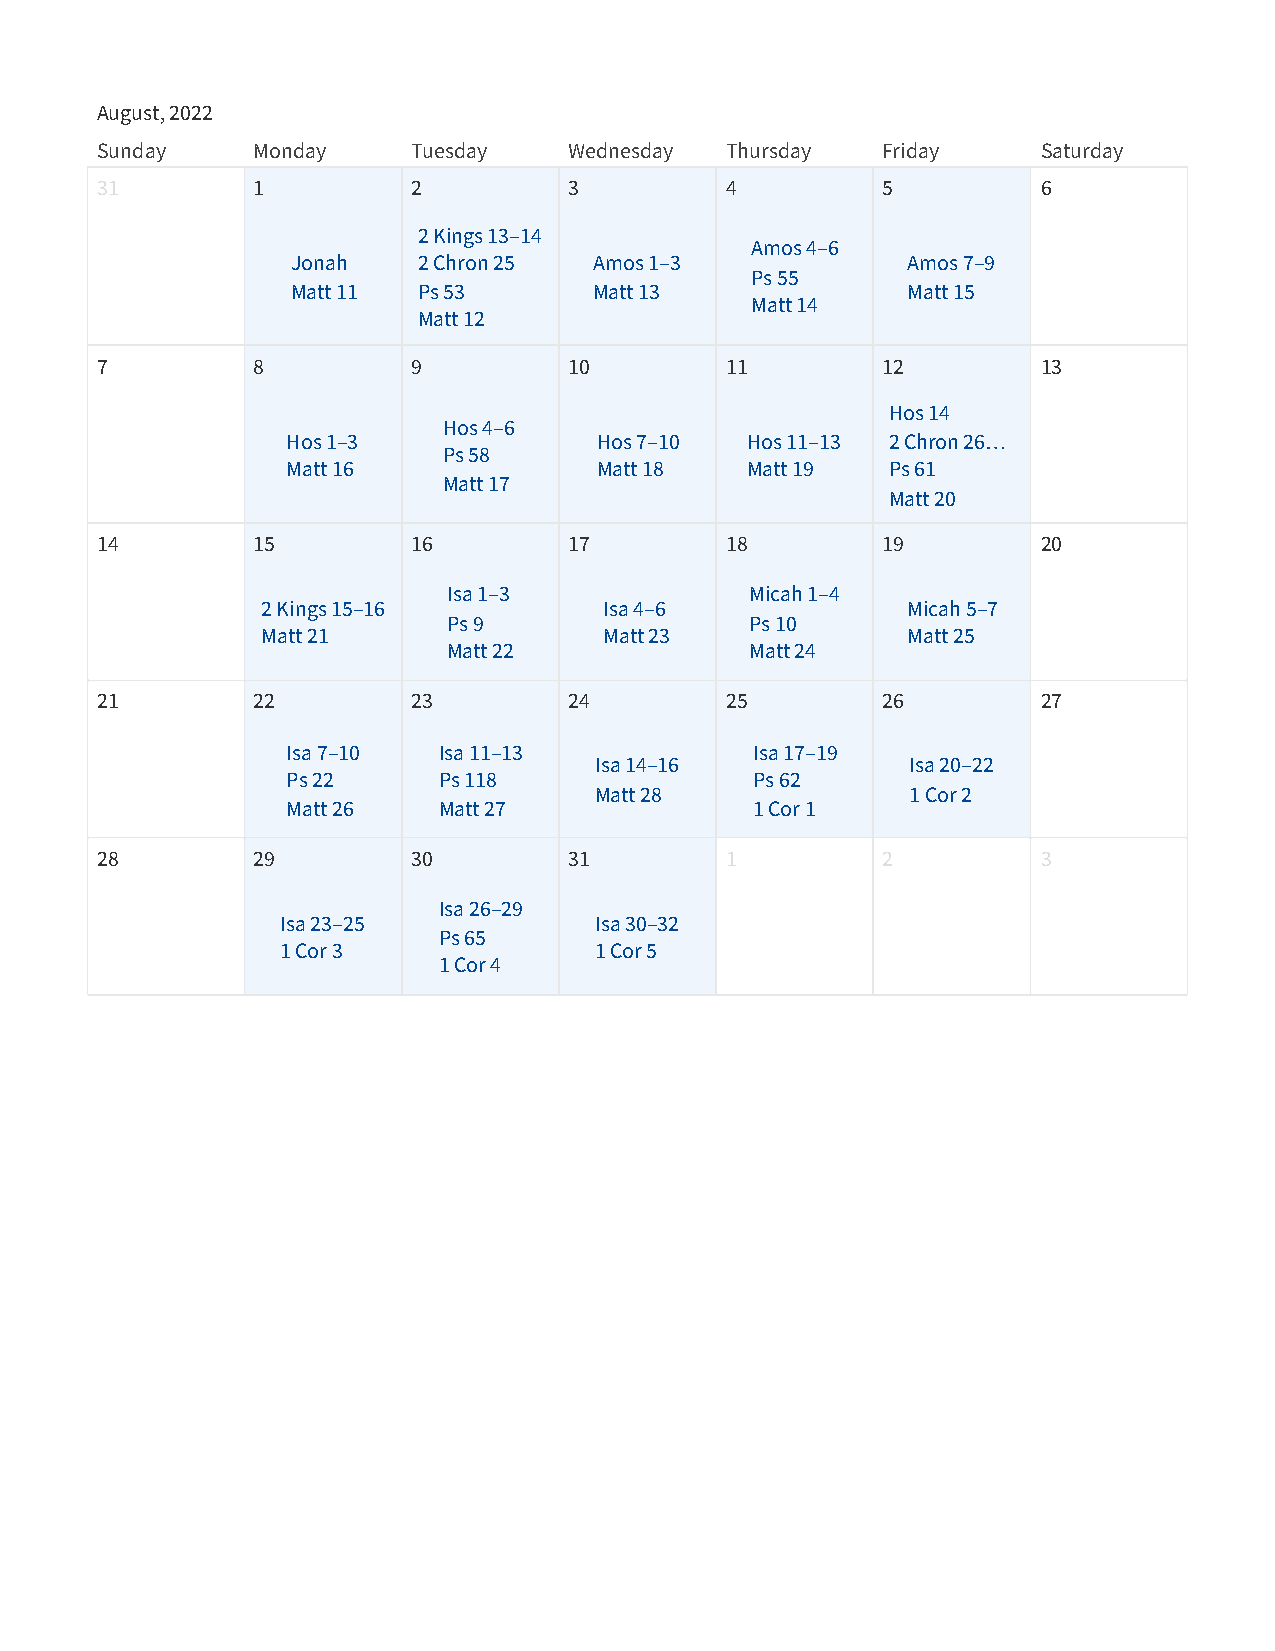
August, 2022
 Sunday     Monday    Tuesday    Wednesday Thursday  Friday     Saturday
 31         1         2          3         4         5          6
 2 Kings 13–14
 Amos 4–6
 Jonah    2 Chron 25 Amos 1–3             Amos 7–9
 Ps 55
 Matt 11  Ps 53      Matt 13              Matt 15
 Matt 14
 Matt 12
 7          8         9          10        11        12         13
 Hos 14
 Hos 4–6
 Hos 1–3              Hos 7–10 Hos 11–13 2 Chron 26…
 Ps 58
 Matt 16              Matt 18  Matt 19   Ps 61
 Matt 17
 Matt 20
 14         15        16         17        18        19         20
 Isa 1–3             Micah 1–4
 2 Kings 15–16          Isa 4–6             Micah 5–7
 Ps 9                Ps 10
 Matt 21                Matt 23             Matt 25
 Matt 22             Matt 24
 21         22        23         24        25        26         27
 Isa 7–10  Isa 11–13            Isa 17–19
 Isa 14–16            Isa 20–22
 Ps 22     Ps 118               Ps 62
 Matt 28              1 Cor 2
 Matt 26   Matt 27              1 Cor 1
 28         29        30         31        1         2          3
 Isa 26–29
 Isa 23–25           Isa 30–32
 Ps 65
 1 Cor 3             1 Cor 5
 1 Cor 4